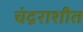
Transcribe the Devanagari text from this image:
चंद्रराशीत